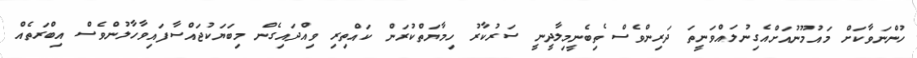
ހުންނަވާކަށް މައުމޫނުއަށްއެގިނުލައްވަނީތަ ދަރިންވެސް ެތިބެނީމިލާދީނީ ސަރުކާރު ހިމާޔަތްކުރަން ކައްތިރި ވިއްދައިގެން މިބަޔަކުޖައްސާފައިވާހާލުންވެސް އިބްރަތެއް